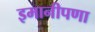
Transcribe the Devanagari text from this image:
इमानीपणा